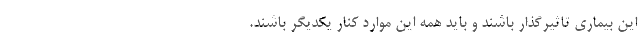
این بیماری تاثیرگذار باشند و باید همه این موارد کنار یکدیگر باشند.